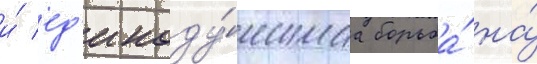
и́ ед'иноду́шнаа борьба́ на́